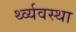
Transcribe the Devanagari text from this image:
र्थ्व्यवस्था